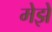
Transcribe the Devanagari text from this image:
मेझे